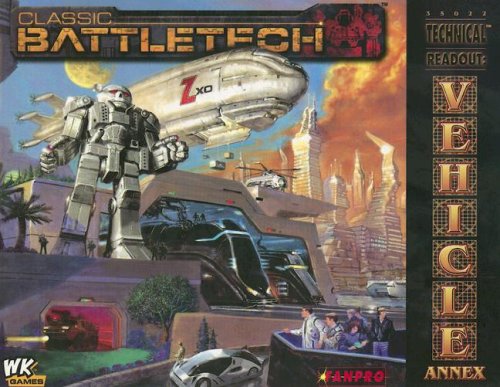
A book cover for Classic Battletech: Technical Readout: Vehicle Annex (FPR35022); FanPro; Science Fiction & Fantasy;